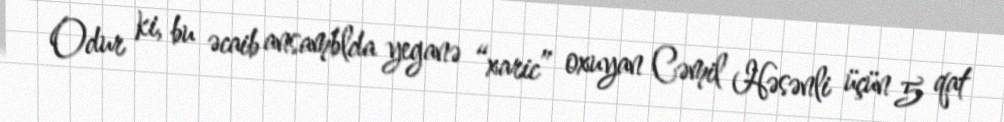
Odur ki, bu əcaib ansamblda yeganə “xaric” oxuyan Cəmil Həsənli üçün 5 qat